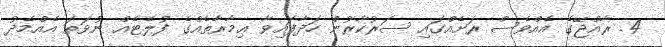
4. ރާއްޖޭގެ އެއްވެސް ރަށެއްގައި ސަރުކާރުން ހަދާފައިވާ ޢިމާރާތެއްގެ ފުލެޓެއް ނުވަތަ އެއްމެދު